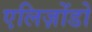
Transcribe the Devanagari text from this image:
एलिज़ोंडो